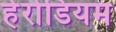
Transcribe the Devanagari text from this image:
हेरोडियम